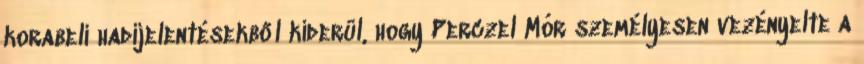
korabeli hadijelentésekből kiderül, hogy Perczel Mór személyesen vezényelte a